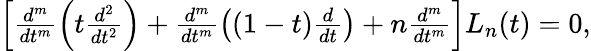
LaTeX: \begin{array}{r}{\left[\frac{d^{m}}{dt^{m}}\left(t\frac{d^{2}}{dt^{2}}\right)+\frac{d^{m}}{dt^{m}}\left((1-t)\frac{d}{dt}\right)+n\frac{d^{m}}{dt^{m}}\right]L_{n}(t)=0,}\end{array}